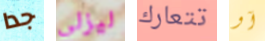
جدا ليزلي تتعارك آو